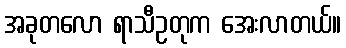
အခုတလော ရာသီဥတုက အေးလာတယ်။